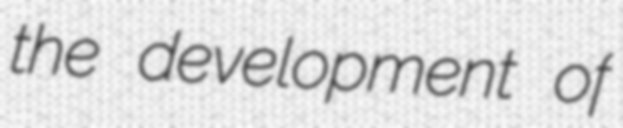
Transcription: the development of